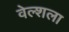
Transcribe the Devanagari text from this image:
वेल्शला